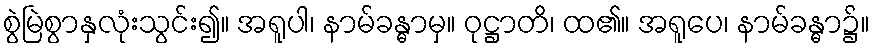
စွဲမြဲစွာနှလုံးသွင်း၍။ အရူပါ၊ နာမ်ခန္ဓာမှ။ ဝုဋ္ဌာတိ၊ ထ၏။ အရူပေ၊ နာမ်ခန္ဓာ၌။